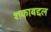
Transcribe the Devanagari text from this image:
शकाबद्दल